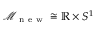
\mathcal { M } _ { \mathrm { ~ n ~ e ~ w ~ } } \cong \mathbb { R } \times S ^ { 1 }